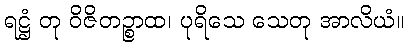
ရဋ္ဌံ တု ဝိဇိတဉ္စာထ၊ ပုရိသေ သေတု အာလိယံ။